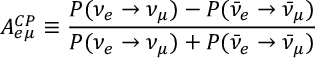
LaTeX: A _ { e \mu } ^ { C P } \equiv \frac { P ( \nu _ { e } \rightarrow \nu _ { \mu } ) - P ( \bar { \nu } _ { e } \rightarrow \bar { \nu } _ { \mu } ) } { P ( \nu _ { e } \rightarrow \nu _ { \mu } ) + P ( \bar { \nu } _ { e } \rightarrow \bar { \nu } _ { \mu } ) } \,